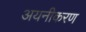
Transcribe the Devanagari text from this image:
अयनीकरण